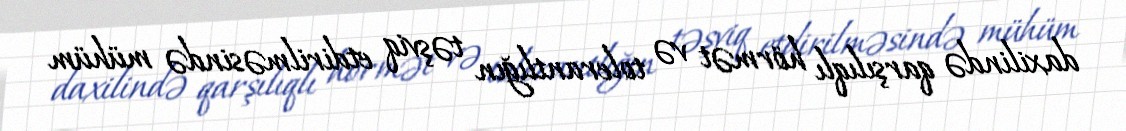
daxilində qarşılıqlı hörmət və tolerantlığın təşviq etdirilməsində mühüm